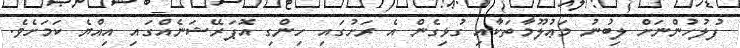
ފުލުހުންނަށް ލިބުނު މަޢުލޫމާތަކާއި ގުޅިގެން އެ ރަށުގައި ހިންގި އޮޕަރޭޝަނެއްގައި އިއްޔެ ކަމަށެވެ.